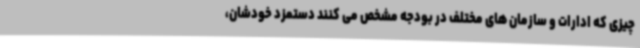
چیزی که ادارات و سازمان های مختلف در بودجه مشخص می کنند دستمزد خودشان،